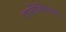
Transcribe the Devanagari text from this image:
पालेंक्विअम्‌